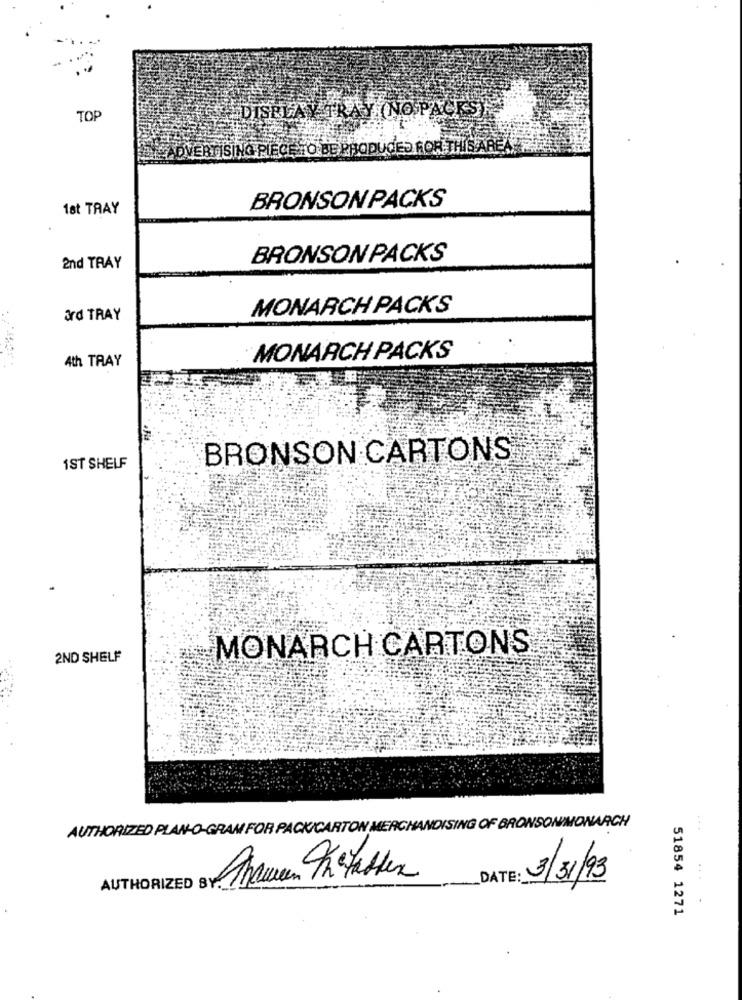
-
TOP
DISPLAY TRAY (NO PACKS)
ADVERTISING PIECE TO BE PRODUCED FOR THIS AREA
BRONSON PACKS
1st TRAY
BRONSON PACKS
2nd TRAY
MONARCH PACKS
ard TRAY
4th TRAY
MONARCH PACKS
BRONSON CARTONS
1ST SHELF
MONARCH CARTONS
2ND SHELF
AUTHORIZED PLAN-O-GRAM FOR PACK/CARTON MERCHANDISING OF BRONSON/MONARCH
...
DATE :
3/31/93
AUTHORIZED BY
51854 1271